Vaabina_vallavalitsus, lk 129
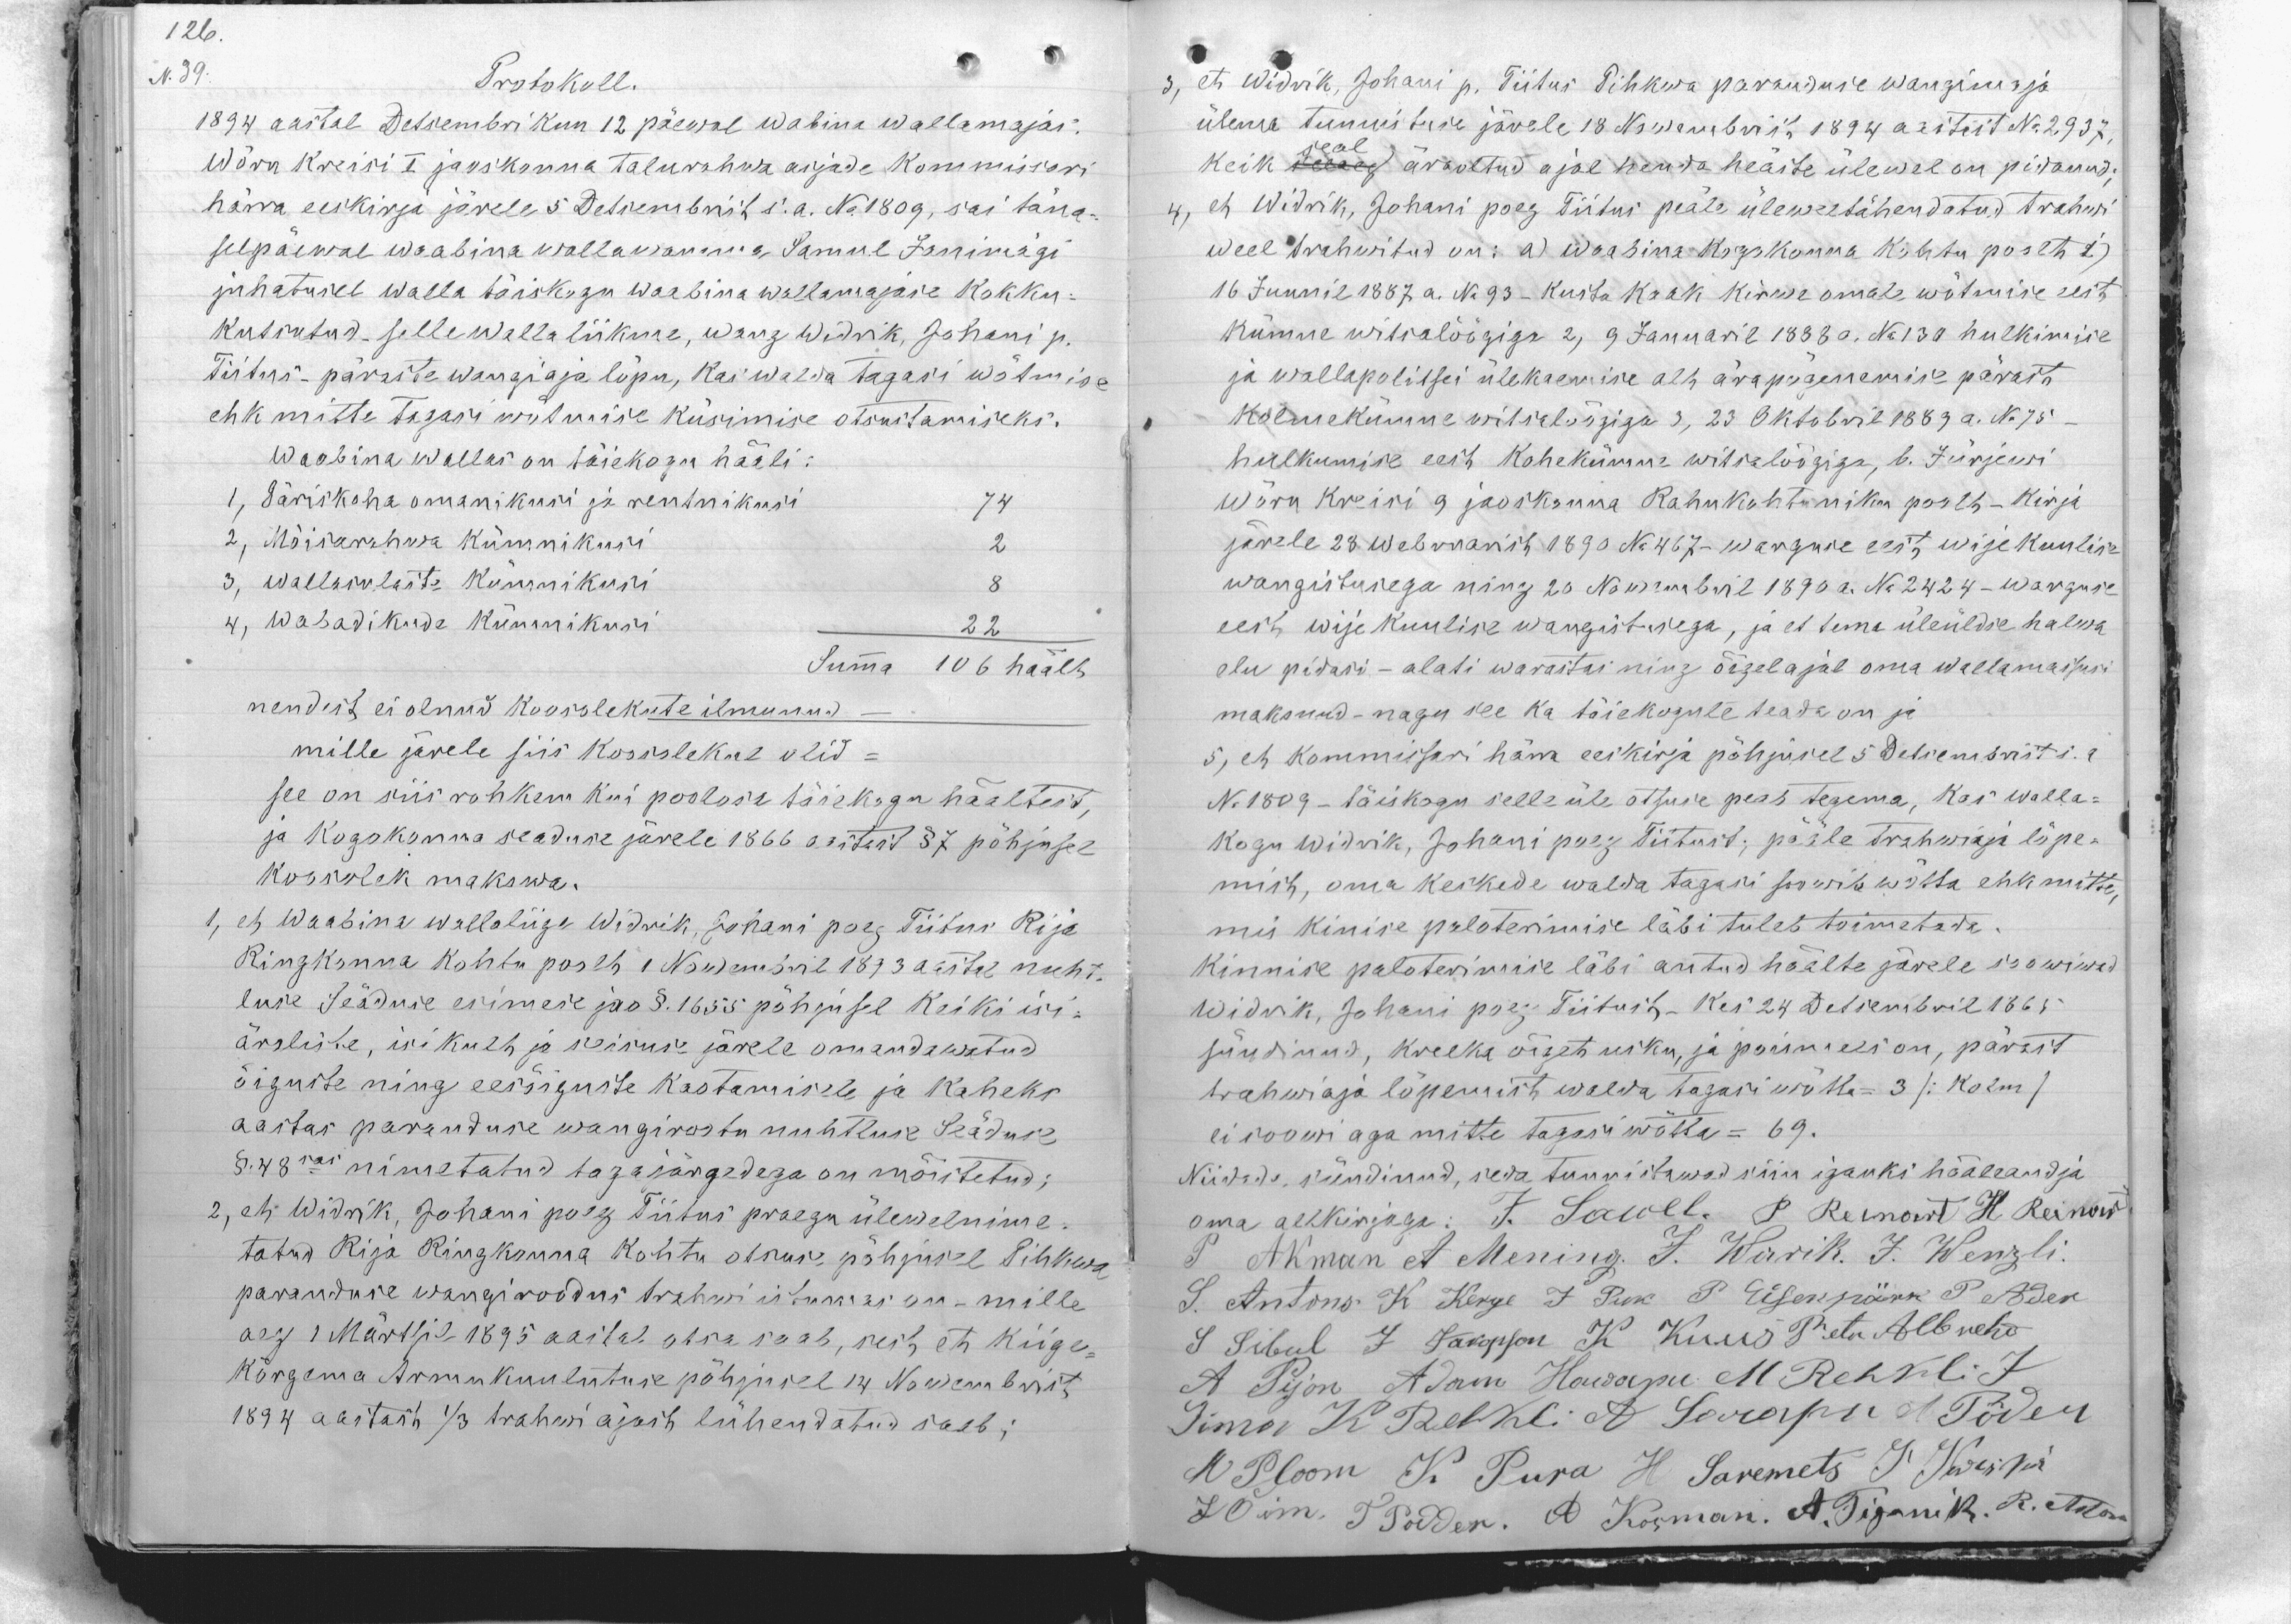
126
N. 39.
Protokoll.
1894 aastal Detsembri kuu 12 päewal wabina wallamajas.
Wõru Kreisi I jaoskonna talurahwa asjade Kommisioni
härra eeskirja järele 5 Detsembril s. a. No 1809, sai täna-
selpäewal Waabina wallawanema. Samal Janimägi
juhatusel walla täiskogu Waabina wallamajade kokku-
kutsutud, selle walla liikme, wang Widrik, Johann p.
Tiitus - päraste wangi aja lõpu, Rai walda tagasi wõtmise
ehk mitte tagasi wõtmise küsimise otsustamiseks.
Waabina wallas on täiekogu hääli:
1, Päriskoha omanikusi ja rentnikusi 74
2, Mõisarahwa kümnikusi 2
3, wallasulaste kümnikusi 8
4, wabadikude kümnikusi - 22
Summa 106 häält
nendest ei olnud koosolekute ilmunud.-
mille järele siis koosolekul olid-
see on siis rohkem kui poolosa täiekogu häältest,
ja kogokonna seaduse järele 1866 esitest 37 põhjusel
koosolek makswa.
1, et Waabina wallaliige Widrik, Johani poeg Tiitus Rija
Ringkonna kohtu poolt 1 Nowembril 1873 aastal nuht-
luse Seaduse esimese jao §. 1655 põhjusel keiki isi-
äraliste, isikuth ja seisuse järele omandawatud
õiguste ning eesõiguste kaotamisele ja kaheks
aastas paranduse wangiroetu nuhtluse Seäduse
§ 48nas nimetatud tagajärgedega on mõistetud;
2, et Widrik, Johani poeg Tiitus praegu ülewalnime-
tatud Rija Ringkonna kohtu otsuse põhjusel Pihkwa
paranduse wangi roodus trahwi istumas on - mille
aeg 1 Märtsil 1895 aastal otsa saab, neil, et Kiige-
kõrgema Armu kuulutuse põhjusel 14 Nowembrist
1894 aastast 1/3 trahwi ajast lühendatud saab;

, et Widrik, Johanni p. Tiitus Pihkwa paranduse wangimaja
ülema tunnistuse järele 18 Nowembri". 1894 aastat No 2937,
keik needel äraoltud ajal nenda heäste ülewal on pidanud;
seal
4) et Widrik, Johani pwoeg Tiitus peale üleweltähendatud trahwi
weel trahwitud on: a) Waabima kogokonna kohtu poolt b)
16 Juunil 1887 a. Nr. 93 - kusta Kaak kirwe omale wõtmise eest
kümne witsalöögiga 2, 9 Januaril 1888. a. No130 hulkimise
ja wallapolitsei ülekaemise alt ära pagemise pärast
Kolme kümne witsalöögiga 3, 23 Oktobril 1889 a. No 75
hulkumise eest kahekümne witsalöögiga, b. Jürjewi
Wõru kreisi 9 jaoskonna Rahu kohtuniku poolt - kirja
järele 23 webruaril 1890 No 467- warguse eest, wije kuulise
wangistusega ning 20 Nowembril 1890 a. No 2424 - warguse
eest wije kuulise wangistusega, ja et tema üleüldse halwa
elu pidasi - alati warastas ning õigelajal oma walla maksusi
maksnud - nagu see ka täiekogule teada on ja
5, et kommissari härra eeskirja põhjusel 5 Detsembristi. 1
N. 1809 - täiskogu selle üle otsuse peab tegema, kas walla-
kogu Widrik, Johanni poeg Tiitust; pääle trahwiaja lõpe-
mist, oma keikede walda tagasi soowib wõtta ehk mitte,
mis kinise paloterimise läbi tuleb toimetada.
Kinnise paloterimise läbi antud häälte järele isawiwad
Widrik, Johanni poeg Tiitust - Kes 24 Detsembril 1865
sündinud, kreeka õiget usku, ja poismees on, pärast
trahwiaja lõpemist walda tagasi wõtta- 3 /Kolm/
ei soowi aga mitte tagasi wõtta - 69.
Niidada, sündinud, seda tunnistawad siin igauks hääleandja
oma allkirjaga: J Sawel. P. Reinart H. Reinart
T Akman et Mening. J. Warik. T. Wenzli.
S. Antons K Kerge J Ruk P Eisenpärk P. Ader
S Sibul J Jakopson K Kuus Petr Albrehd
A Pijon Adam Hawapu M Rehkli J
Tima K Rehkli A Sarapu A Põder
W Ploom K. Pura H. Saremets J. Käespä
L Oim. T Põdder, A. Korman, A. Tiganik R. Metser